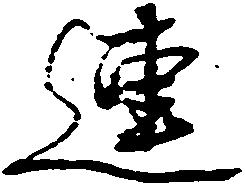
連